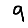
Digit: 9